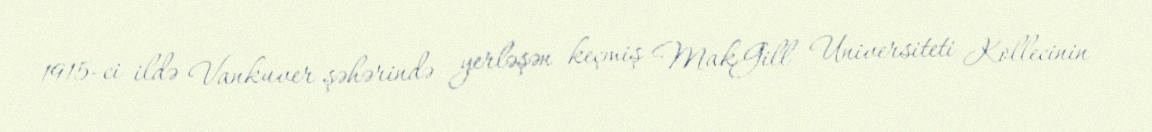
1915-ci ildə Vankuver şəhərində yerləşən keçmiş MakGill Universiteti Kollecinin